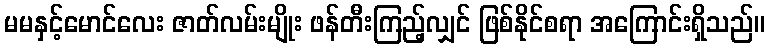
မမနှင့်မောင်လေး ဇာတ်လမ်းမျိုး ဖန်တီးကြည့်လျှင် ဖြစ်နိုင်စရာ အကြောင်းရှိသည်။